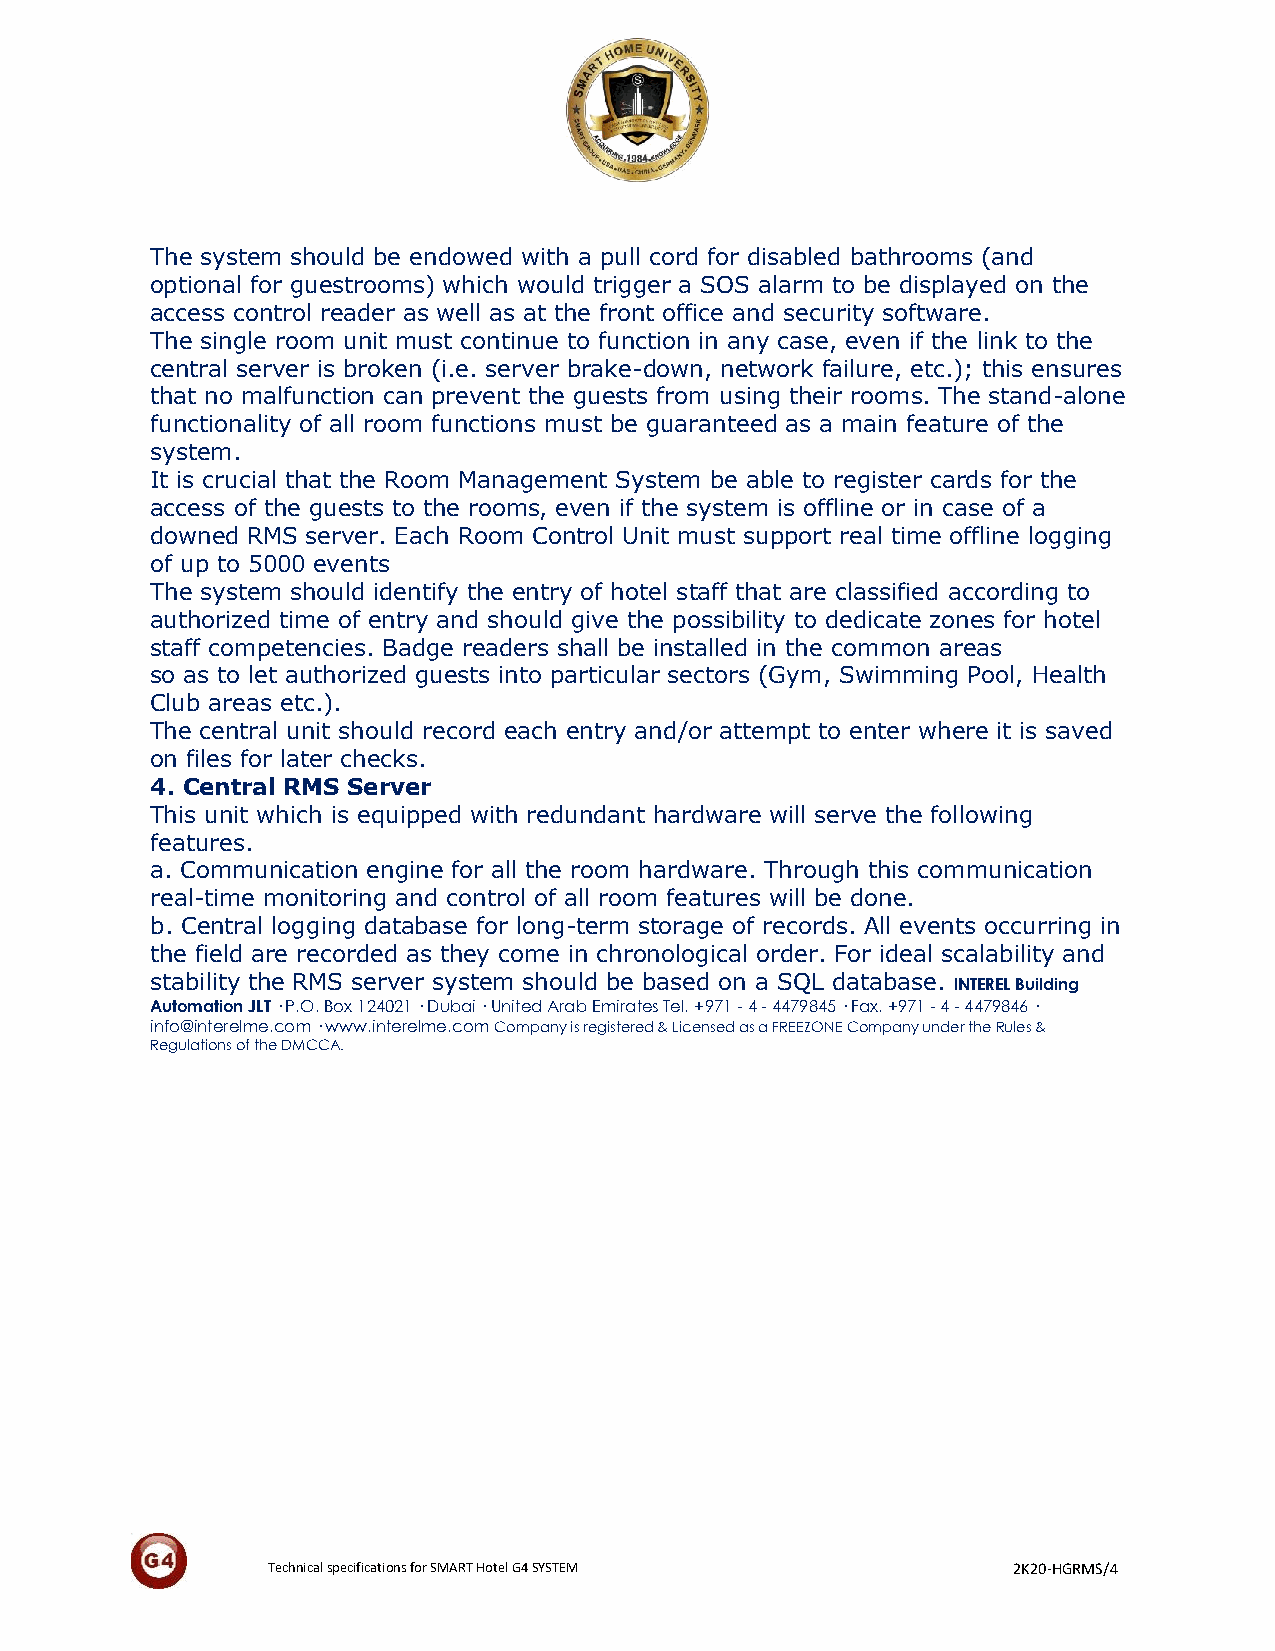
The system should be endowed with a pull cord for disabled bathrooms (and
 optional for guestrooms) which would trigger a SOS alarm to be displayed on the
 access control reader as well as at the front office and security software.
 The single room unit must continue to function in any case, even if the link to the
 central server is broken (i.e. server brake-down, network failure, etc.); this ensures
 that no malfunction can prevent the guests from using their rooms. The stand-alone
 functionality of all room functions must be guaranteed as a main feature of the
 system.
 It is crucial that the Room Management System be able to register cards for the
 access of the guests to the rooms, even if the system is offline or in case of a
 downed RMS server. Each Room Control Unit must support real time offline logging
 of up to 5000 events
 The system should identify the entry of hotel staff that are classified according to
 authorized time of entry and should give the possibility to dedicate zones for hotel
 staff competencies. Badge readers shall be installed in the common areas
 so as to let authorized guests into particular sectors (Gym, Swimming Pool, Health
 Club areas etc.).
 The central unit should record each entry and/or attempt to enter where it is saved
 on files for later checks.
 4. Central RMS Server
 This unit which is equipped with redundant hardware will serve the following
 features.
 a. Communication engine for all the room hardware. Through this communication
 real-time monitoring and control of all room features will be done.
 b. Central logging database for long-term storage of records. All events occurring in
 the field are recorded as they come in chronological order. For ideal scalability and
 stability the RMS server system should be based on a SQL database. INTEREL Building
 Automation JLT · P.O. Box 124021 · Dubai · United Arab Emirates Tel. +971 - 4 - 4479845 · Fax. +971 - 4 - 4479846 ·
 info@interelme.com · www.interelme.com Company is registered & Licensed as a FREEZONE Company under the Rules &
 Regulations of the DMCCA.
 Technical specifications for SMART Hotel G4 SYSTEM 2K20-HGRMS/4